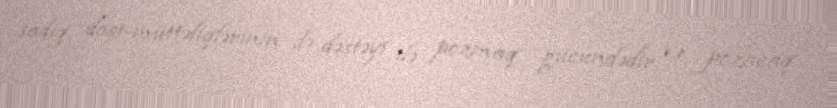
sadiq dost-müttəfiqlərinin də dəstəyi ilə pozmaq gücündədir və pozacaq.